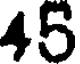
45